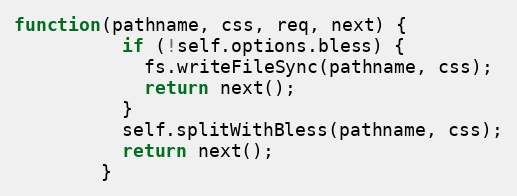
Language: JavaScript
function(pathname, css, req, next) {
          if (!self.options.bless) {
            fs.writeFileSync(pathname, css);
            return next();
          }
          self.splitWithBless(pathname, css);
          return next();
        }